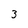
Character: 3